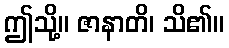
ဤသို့။ ဇာနာတိ၊ သိ၏။